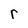
Character: r